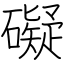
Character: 礙